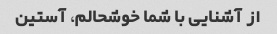
از آشنایی با شما خوشحالم، آستین